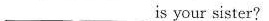
________is your sister?